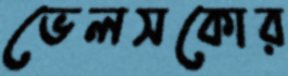
ভেলসকোর